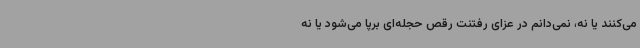
می‌کنند یا نه، نمی‌دانم در عزای رفتنت رقص حجله‌ای برپا می‌شود یا نه